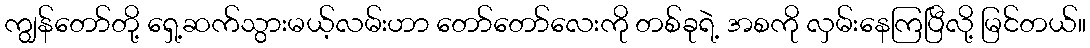
ကျွန်တော်တို့ ရှေ့ဆက်သွားမယ့်လမ်းဟာ တော်တော်လေးကို တစ်ခုရဲ့ အစကို လှမ်းနေကြပြီလို့ မြင်တယ်။